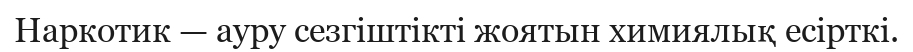
Наркотик — ауру сезгіштікті жоятын химиялық есірткі.